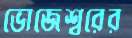
ভোজেশ্বরের